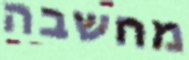
מחשבה